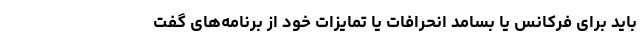
باید برای فرکانس یا بسامد انحرافات یا تمایزات خود از برنامه‌های گفت